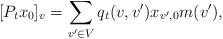
LaTeX: \begin{align*}[P_tx_0]_v = \sum_{v' \in V} q_t(v,v')x_{v',0}m(v'),\end{align*}